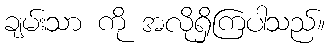
ချမ်းသာ ကို အလိုရှိကြပါသည်။